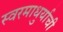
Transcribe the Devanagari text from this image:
स्वरमाधुर्याची